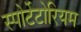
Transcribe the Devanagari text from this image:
स्पोर्टेटोरियम